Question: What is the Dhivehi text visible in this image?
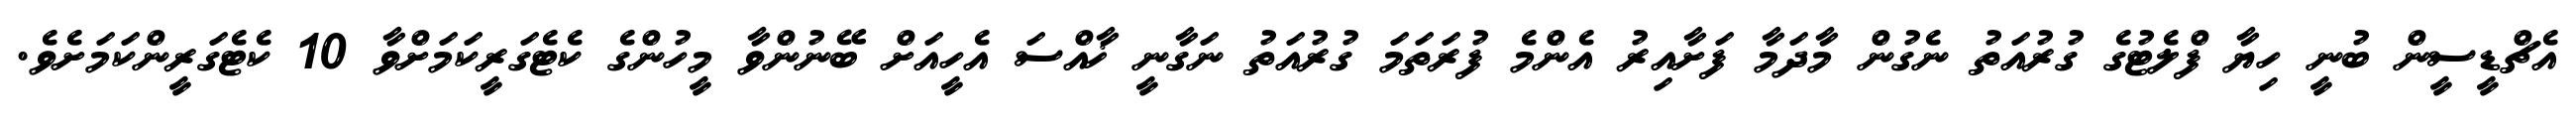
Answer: އެޗްޑީސީން ބުނީ ހިޔާ ފްލެޓުގެ ގުރުއަތު ނެގުން މާދަމާ ފަށާއިރު އެންމެ ފުރަތަމަ ގުރުއަތު ނަގާނީ ޚާއްސަ އެހީއަށް ބޭނުންވާ މީހުންގެ ކެޓެގަރީކަމަށްވާ 10 ކެޓެގަރީންކަމަށެވެ.